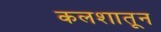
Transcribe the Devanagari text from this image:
कलशातून